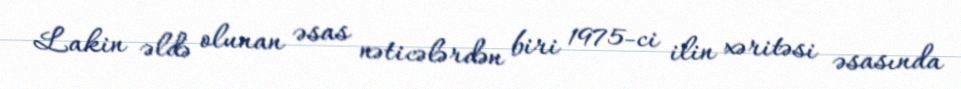
Lakin əldə olunan əsas nəticələrdən biri 1975-ci ilin xəritəsi əsasında